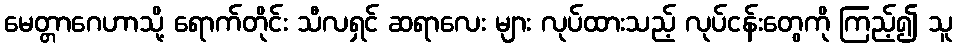
မေတ္တာဂေဟာသို့ ရောက်တိုင်း သီလရှင် ဆရာလေး များ လုပ်ထားသည့် လုပ်ငန်းတွေကို ကြည့်၍ သူ